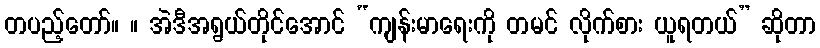
တပည့်တော်။ ။ အဲဒီအရွယ်တိုင်အောင် “ကျန်းမာရေးကို တမင် လိုက်စား ယူရတယ်” ဆိုတာ